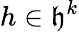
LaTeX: h\in\mathfrak{h}^{k}